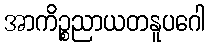
အာကိဉ္စညာယတနူပဂေါ